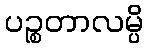
ပဉ္စတာလမ္ပိ